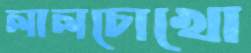
লালচোখো